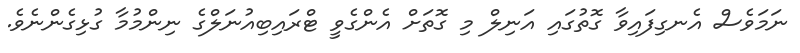
ނަމަވެސް އެނގިފައިވާ ގޮތުގައި އަނިލް މި ގޮތަށް އެންގެވީ ޓްރައިބިއުނަލްގެ ނިންމުމާ ގުޅިގެންނެވެ.